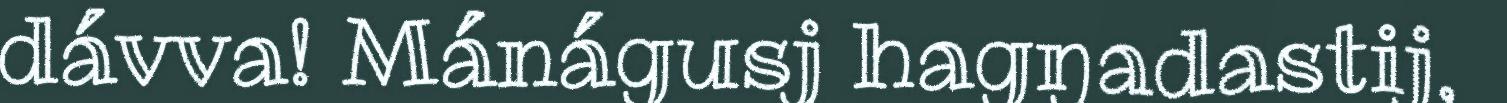
dávva! Mánágusj hagŋadastij,